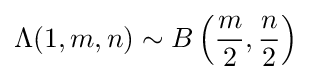
\Lambda (1,m,n)\sim B\left({\frac {m}{2}},{\frac {n}{2}}\right)